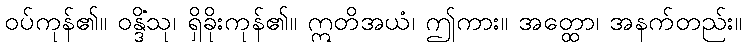
ဝပ်ကုန်၏။ ဝန္ဒိံသု၊ ရှိခိုးကုန်၏။ ဣတိအယံ၊ ဤကား။ အတ္ထော၊ အနက်တည်း။